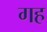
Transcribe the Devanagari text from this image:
गह